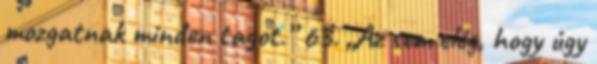
mozgatnak minden tagot.” 63. „Az sem elég, hogy úgy